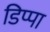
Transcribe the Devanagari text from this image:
डिप्पा